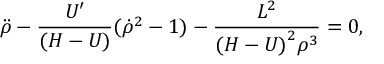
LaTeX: { \ddot { \rho } } - { \frac { U ^ { \prime } } { ( H - U ) } } ( { \dot { \rho } } ^ { 2 } - 1 ) - { \frac { L ^ { 2 } } { { ( H - U ) } ^ { 2 } \rho ^ { 3 } } } = 0 ,